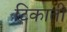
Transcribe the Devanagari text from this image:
टिकाती